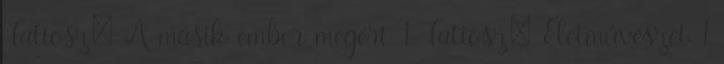
Tatiosz: A másik ember megért 1 Tatiosz: Életművészet 1